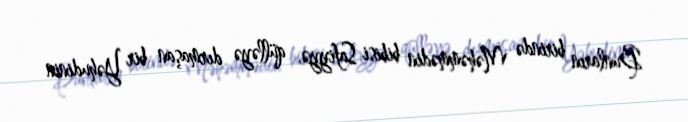
Bunların birində Məhəmmədin bibisi Safiyyə, qülləyə dırmaşan bir Yəhudinin